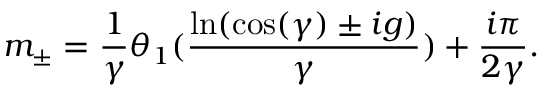
m _ { \pm } = \frac { 1 } { \gamma } \theta _ { 1 } ( \frac { \ln ( \cos ( \gamma ) \pm i g ) } { \gamma } ) + \frac { i \pi } { 2 \gamma } .